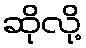
ဆိုလို့